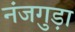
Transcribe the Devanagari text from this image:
नंजगुड़ा